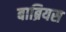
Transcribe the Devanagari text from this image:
बाब्रियस